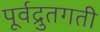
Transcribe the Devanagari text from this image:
पूर्वद्रुतगती